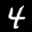
Label: 4